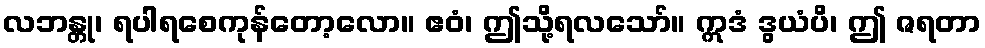
လဘန္တု၊ ရပါရစေကုန်တော့လော။ ဧဝံ၊ ဤသို့ရလသော်။ ဣဒံ ဒွယံပိ၊ ဤ ဇရတာ